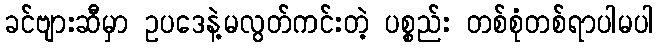
ခင်ဗျားဆီမှာ ဥပဒေနဲ့မလွတ်ကင်းတဲ့ ပစ္စည်း တစ်စုံတစ်ရာပါမပါ